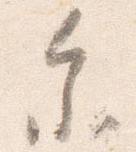
参